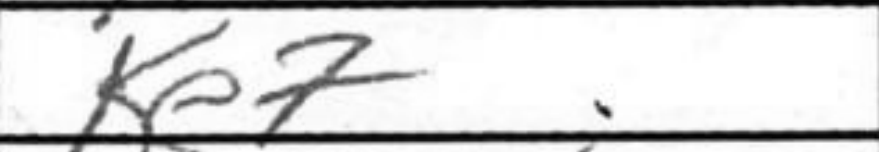
Transcription: Ke7